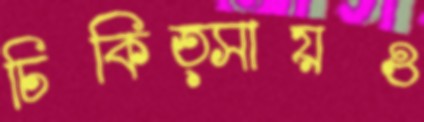
চিকিত্সায়ও